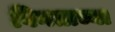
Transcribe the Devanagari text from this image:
विनताच्या